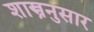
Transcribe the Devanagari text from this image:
शास्त्रनुसार